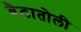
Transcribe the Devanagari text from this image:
बैठातोली